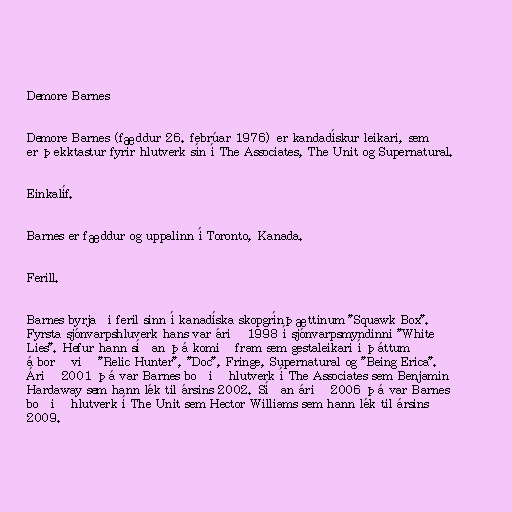
Demore Barnes

Demore Barnes (fæddur 26. febrúar 1976) er kandadískur leikari, sem
er þekktastur fyrir hlutverk sín í The Associates, The Unit og Supernatural.

Einkalíf.

Barnes er fæddur og uppalinn í Toronto, Kanada.

Ferill.

Barnes byrjaði feril sinn í kanadíska skopgrínþættinum "Squawk Box".
Fyrsta sjónvarpshluverk hans var árið 1998 í sjónvarpsmyndinni "White
Lies". Hefur hann síðan þá komið fram sem gestaleikari í þáttum
á borð við "Relic Hunter", "Doc", Fringe, Supernatural og "Being Erica".
Árið 2001 þá var Barnes boðið hlutverk í The Associates sem Benjamin
Hardaway sem hann lék til ársins 2002. Síðan árið 2006 þá var Barnes
boðið hlutverk í The Unit sem Hector Williams sem hann lék til ársins
2009.